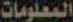
المعلومات